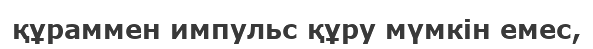
құраммен импульс құру мүмкін емес,